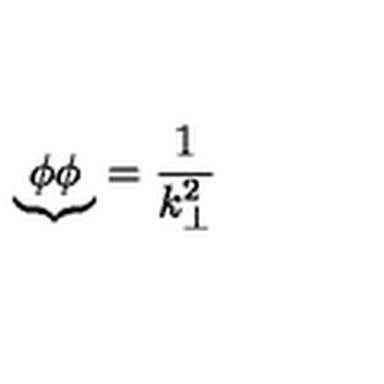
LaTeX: { \underbrace { \phi \phi } } = \frac { 1 } { k _ { \bot } ^ { 2 } }